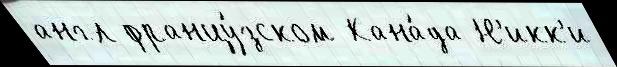
англ францу́зском Кана́да Н'икк'и